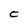
Character: C